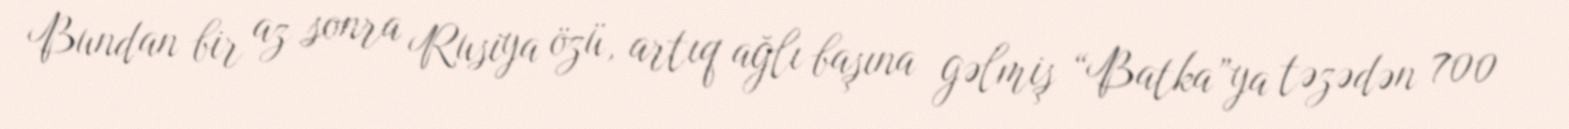
Bundan bir az sonra Rusiya özü, artıq ağlı başına gəlmiş “Batka”ya təzədən 700